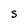
Character: S